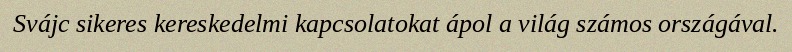
Svájc sikeres kereskedelmi kapcsolatokat ápol a világ számos országával.